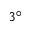
3 ^ { \circ }